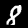
Label: 8